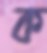
ক